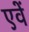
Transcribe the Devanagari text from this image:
एवें